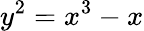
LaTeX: y^{2}=x^{3}-x